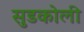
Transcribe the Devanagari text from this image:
सुडकोली